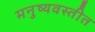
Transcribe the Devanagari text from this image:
मनुष्यवस्तीत